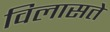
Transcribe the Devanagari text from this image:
विलासते